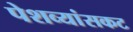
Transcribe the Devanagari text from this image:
पेशव्यांसकट